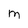
Character: M